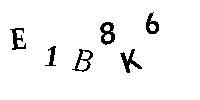
E1B8K6